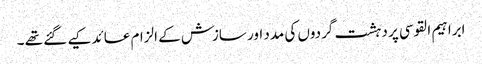
ابراہیم القوسی پر دہشت گردوں کی مدد اور سازش کے الزام عائد کیے گئے تھے ۔